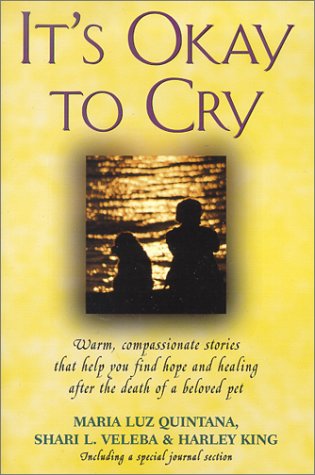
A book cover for It's Okay to Cry: Warm Compassionate Stories That Will Help You Find Hope and Healing After the Death of a Beloved Pet; Maria Luz Quintana; Crafts, Hobbies & Home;